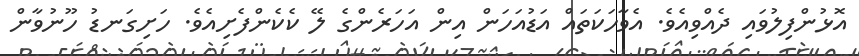
އޮޅުންފިލުވައި ދެއްވިއެވެ. އެވާހަކަތައް އަޑުއަހަން އިން އަހަރެންގެ ލޭ ކެކެންފެށިއެވެ. ހަށިގަނޑު ހޫނުވާން